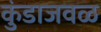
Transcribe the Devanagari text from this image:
कुंडाजवळ